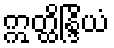
ဣတ္ထိန္ဒြိယံ